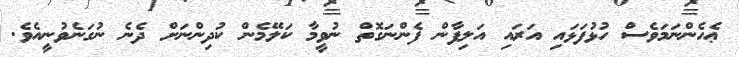
ޢެހެންނަމަވެސް ހުޅުފަޅައި އަރައި އަލިފާން ފެންނަގޮތް ނުވީމާ ކަލޭމެން ކުދިންނަށް ދެނެ ނުގަނެވުނީއެވެ.